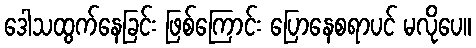
ဒေါသထွက်နေခြင်း ဖြစ်ကြောင်း ပြောနေစရာပင် မလိုပေ။